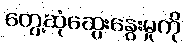
တွေ့ဆုံဆွေးနွေးမှုကို